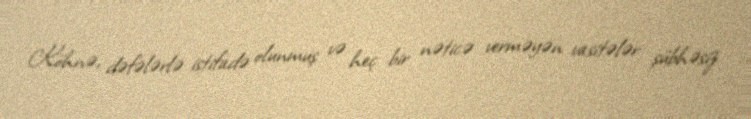
Köhnə, dəfələrlə istifadə olunmuş və heç bir nəticə verməyən vasitələr şübhəsiz